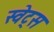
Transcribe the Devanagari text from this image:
स्वेट्स